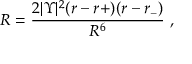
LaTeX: { \cal R } = \frac { 2 | \Upsilon | ^ { 2 } ( r - r + ) ( r - r _ { - } ) } { R ^ { 6 } } \ ,